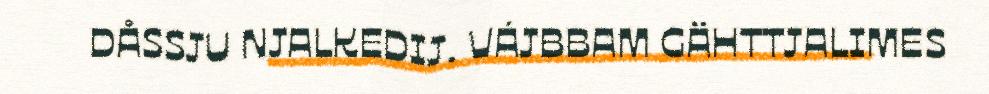
DÅSSJU NJALKEDIJ. VÁJBBAM GÄHTTJALIMES